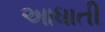
આધાતી